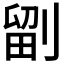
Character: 𭄁